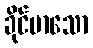
ခိုင်မာသော